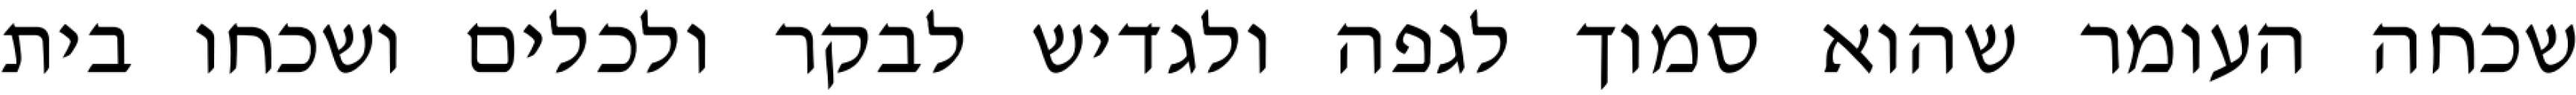
שכחה העומר שהוא סמוך לגפה ולגדיש לבקר ולכלים ושכחו בית